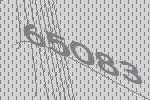
65083